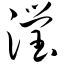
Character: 滢